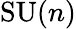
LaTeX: {\mathrm{SU}}(n)